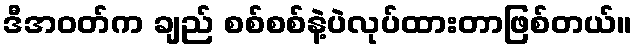
ဒီအဝတ်က ချည် စစ်စစ်နဲ့ပဲလုပ်ထားတာဖြစ်တယ်။